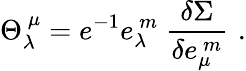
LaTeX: {\Theta}_{\lambda}^{~\mu}=e^{-1}e_{\lambda}^{~m}~\frac{\delta\Sigma}{\delta e_{\mu}^{~m}}\, \, .